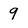
Character: 9